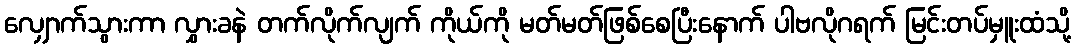
လျှောက်သွားကာ လွှားခနဲ တက်လိုက်လျက် ကိုယ်ကို မတ်မတ်ဖြစ်စေပြီးနောက် ပါဗလိုဂရက် မြင်းတပ်မှူးထံသို့